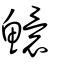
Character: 鱞